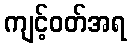
ကျင့်ဝတ်အရ